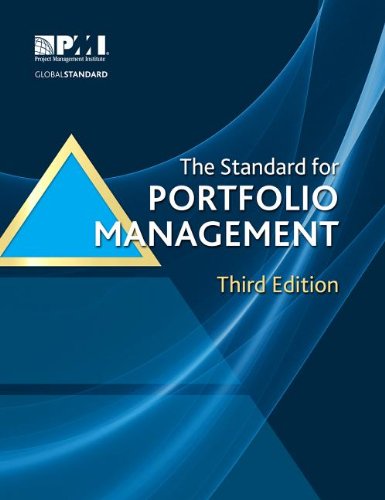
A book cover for The Standard for Portfolio Management; Business & Money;